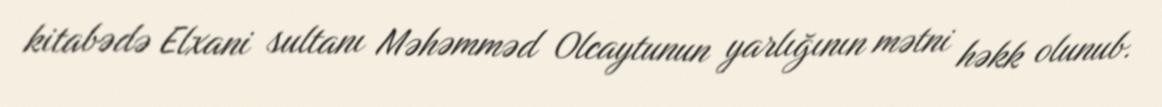
kitabədə Elxani sultanı Məhəmməd Olcaytunun yarlığının mətni həkk olunub.